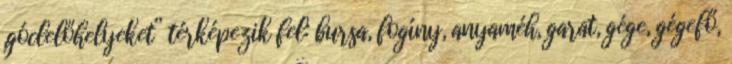
„góclelőhelyeket” térképezik fel: bursa, fogíny, anyaméh, garat, gége, gégefő,